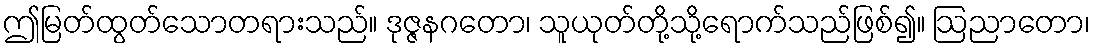
ဤမြတ်ထွတ်သောတရားသည်။ ဒုဇ္ဇနဂတော၊ သူယုတ်တို့သို့ရောက်သည်ဖြစ်၍။ ဩညာတော၊